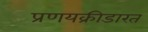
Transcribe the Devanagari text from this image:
प्रणयक्रीडारत